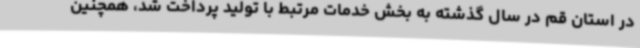
در استان قم در سال گذشته به بخش خدمات مرتبط با تولید پرداخت شد، همچنین